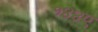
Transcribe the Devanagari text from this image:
१४४ए